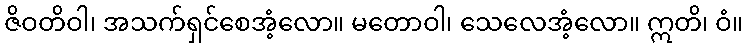
ဇိဝတိဝါ၊ အသက်ရှင်စေအံ့လော။ မတောဝါ၊ သေလေအံ့လော။ ဣတိ၊ ဝံ။